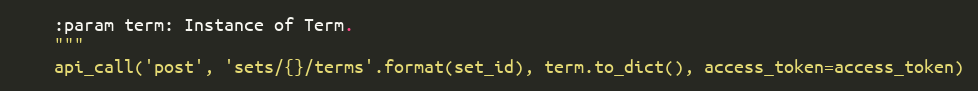
Language: Python
    :param term: Instance of Term.
    """
    api_call('post', 'sets/{}/terms'.format(set_id), term.to_dict(), access_token=access_token)